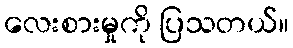
လေးစားမှုကို ပြသတယ်။